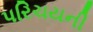
પરિચયની